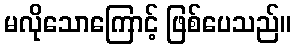
မလိုသောကြောင့် ဖြစ်ပေသည်။